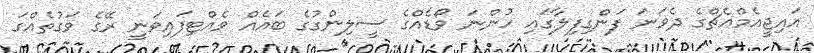
އައިޖީއެމްއެޗްގެ ދެވަނަ ފަންގިފިލާގައި ހުންނަ ވޯޑެއްގެ ސީލިންގުގެ ބައެއް ވެއްޓިފައިވަނީ ރޭގެ ވަގުތެއްގަ